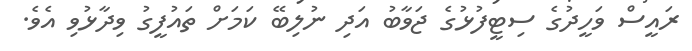
ރައީސް ވަހީދުގެ ސިޓީފުޅުގެ ޖަވާބު އަދި ނުލިބޭ ކަމަށް ތައުފީގު ވިދާޅުވި އެވެ.